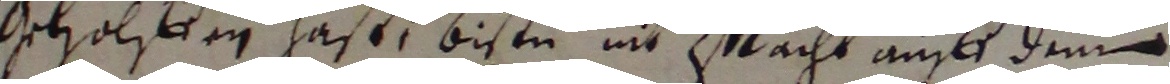
Geholsen hast, disen nit mlacht auf dem